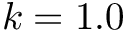
k = 1 . 0